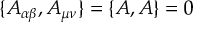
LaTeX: \{ A _ { \alpha \beta } , A _ { \mu \nu } \} = \{ { \cal { A } } , { \cal { A } } \} = 0